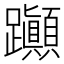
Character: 𨈀